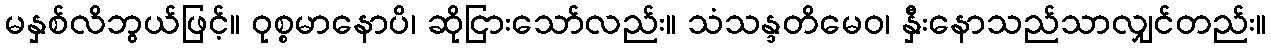
မနှစ်လိဘွယ်ဖြင့်။ ဝုစ္စမာနောပိ၊ ဆိုငြားသော်လည်း။ သံသန္ဒတိမေဝ၊ နှီးနောသည်သာလျှင်တည်း။